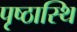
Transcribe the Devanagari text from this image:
पृष्ठास्थि